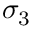
\sigma _ { 3 }